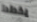
يخطط